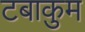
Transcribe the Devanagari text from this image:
टबाकुम